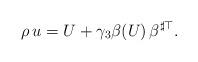
LaTeX: \begin{align*} \rho\,u = U+\gamma_3\beta(U)\,\beta^{\sharp\top} .\end{align*}